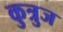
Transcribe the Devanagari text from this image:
कुत्रुज